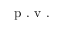
\mathrm { ~ p ~ . ~ v ~ . ~ }